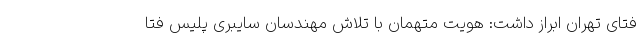
فتای تهران ابراز داشت: هویت متهمان با تلاش مهندسان سایبری پلیس فتا